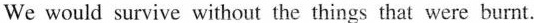
we would aurvive without the things that were burnt.